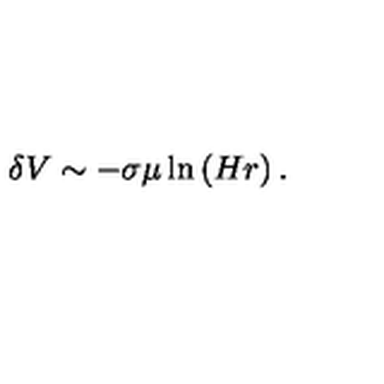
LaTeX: \delta V \sim - \sigma \mu \ln \left( H r \right) .